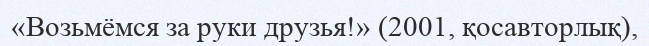
«Возьмёмся за руки друзья!» (2001, қосавторлық),